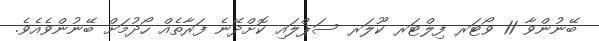
ބޭނުންވާ 11 ވޯޓަރ ފިލްޓަރ ކޫލަރ ސަޕްލައި ކޮށްދޭނެ ފަރާތެއް ހޯދުމަށް ބޭނުންވެއެވެ.